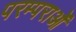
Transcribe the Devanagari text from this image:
परम्‍पराओं